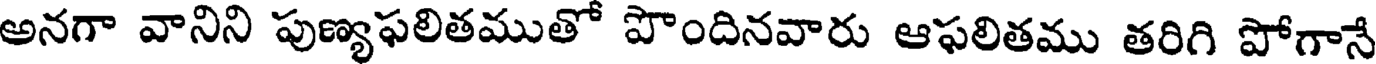
అనగా వానిని పుణ్యఫలితముతో పొందినవారు ఆఫలితము తరిగి పోగానే